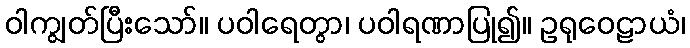
ဝါကျွတ်ပြီးသော်။ ပဝါရေတွာ၊ ပဝါရဏာပြု၍။ ဥရုဝေဠာယံ၊